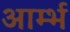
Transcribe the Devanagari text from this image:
आर्म्भ